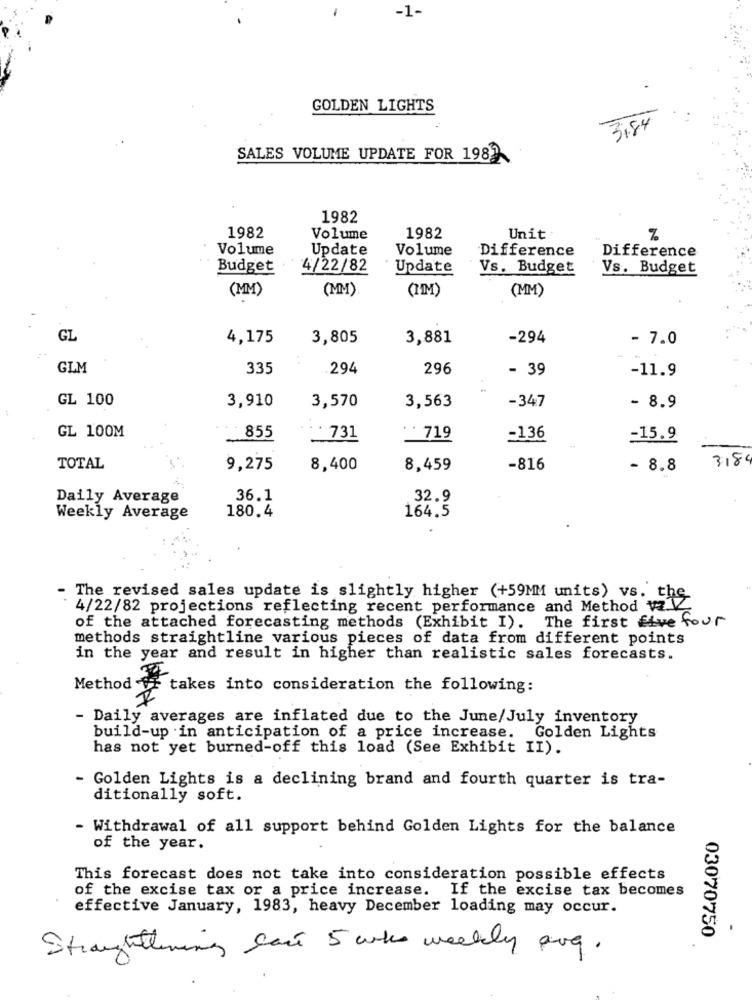
-1-
GOLDEN LIGHTS
3,84
SALES VOLUME UPDATE FOR 1982
1982
1982
Volume
1982
Unit
%
Volume
Update
Volume
Difference
Difference
Budget
4/22/82
Update
Vs. Budget
Vs. Budget
(MM)
(MM)
(IM)
(MM)
GL
4,175
3,805
3,881
-294
- 7.0
GLM
335
.294
296
- 39
-11.9
GL 100
3,910
:
3,570
3,563
-347
- 8.9
GL 100M
855
731
719
-136
=15.9
318
TOTAL
9,275
8,400
8,459
-816
- 8.8
Daily Average
36.1
32.9
Weekly Average
180.4
164.5
The revised sales update is slightly higher (+59MM units) vs. the
4/22/82 projections reflecting recent performance and Method va.V
of the attached forecasting methods (Exhibit I). The first five four
methods straightline various pieces of data from different points
in the year and result in higher than realistic sales forecasts.
Method fr takes into consideration the following:
- Daily averages are inflated due to the June/July inventory
build-up in anticipation of a price increase. Golden Lights
has not yet burned-off this load (See Exhibit II).
- Golden Lights is a declining brand and fourth quarter is tra-
ditionally soft.
- Withdrawal of all support behind Golden Lights for the balance
of the year.
This forecast does not take into consideration possible effects
of the excise tax or a price increase. If the excise tax becomes
effective January, 1983, heavy December loading may occur.
03070750
Straightlining cant 5 who weekly ave.